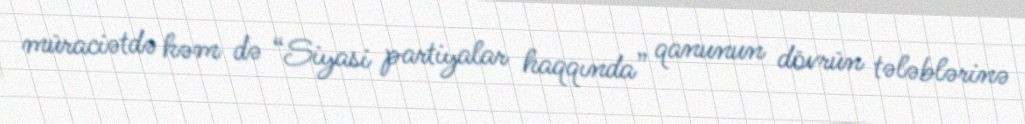
müraciətdə həm də “Siyasi partiyalar haqqında” qanunun dövrün tələblərinə